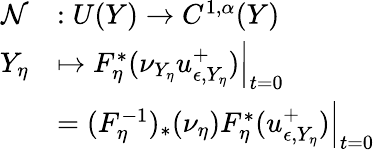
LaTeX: \begin{array}{rl}{\mathcal{N}}&{:U(Y)\to C^{1,\alpha}(Y)}\\ {Y_{\eta}}&{\mapsto F_{\eta}^{*}(\nu_{Y_{\eta}}u_{\epsilon,Y_{\eta}}^{+})\Big|_{t=0}}\\ &{=(F_{\eta}^{-1})_{*}(\nu_{\eta})F_{\eta}^{*}(u_{\epsilon,Y_{\eta}}^{+})\Big|_{t=0}}\end{array}